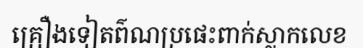
គ្រឿងទៀតព៌ណប្រផេះពាក់ស្លាកលេខ